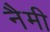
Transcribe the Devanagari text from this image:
नैमी